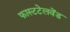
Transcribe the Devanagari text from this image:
फास्टटेलवेंड